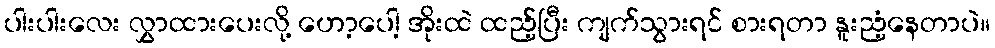
ပါးပါးလေး လွှာထားပေးလို့ ဟော့ပေါ့ အိုးထဲ ထည့်ပြီး ကျက်သွားရင် စားရတာ နူးညံ့နေတာပဲ။